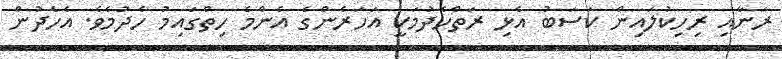
ރަނާއި ރިހިކުލައިން ކަސަބު އެޅި ރަތްހެދުމަކީ އަހަރެންގެ އެންމެ ހިތްގައިމު ހެދުމެވެ. އެހެދުން